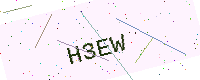
Text: H3EW